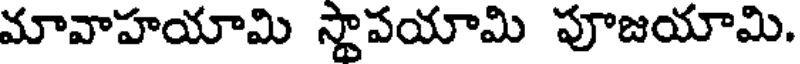
మావాహయామి స్థాపయామి పూజయామి.